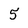
Character: 5